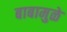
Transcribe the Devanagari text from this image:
बाबामुळे